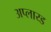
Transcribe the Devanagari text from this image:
अप्लाय्ड